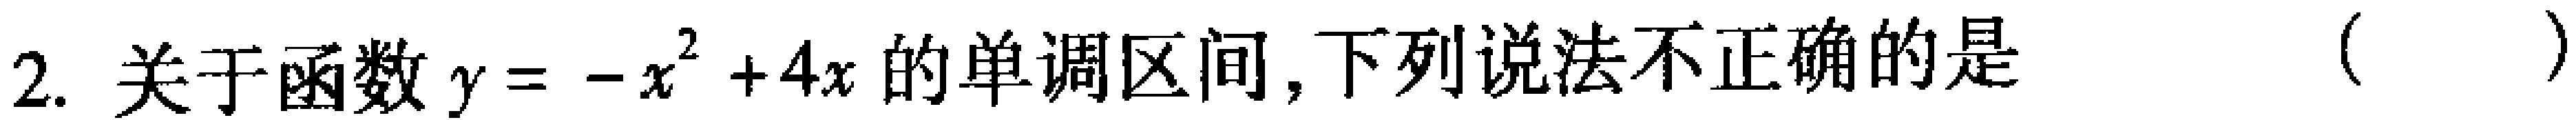
2. 关于函数\(y = -x^{2}+4x\)的单调区间，下列说法不正确的是 （  ）